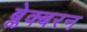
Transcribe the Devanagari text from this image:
ब्लेक्बरन